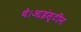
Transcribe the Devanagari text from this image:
थे।आइंस्टीन